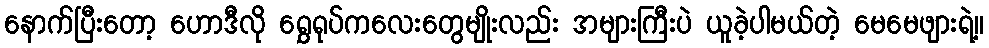
နောက်ပြီးတော့ ဟောဒီလို ရွှေရုပ်ကလေးတွေမျိုးလည်း အများကြီးပဲ ယူခဲ့ပါမယ်တဲ့ မေမေဖျားရဲ့။